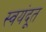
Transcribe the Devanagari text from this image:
स्वयंदूत